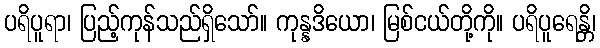
ပရိပူရာ၊ ပြည့်ကုန်သည်ရှိသော်။ ကုန္နဒိယော၊ မြစ်ငယ်တို့ကို။ ပရိပူရေန္တိ၊